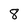
Character: 8